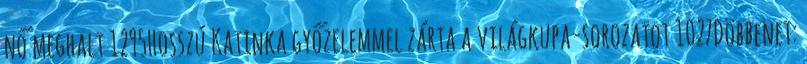
nő meghalt 1295Hosszú Katinka győzelemmel zárta a világkupa-sorozatot 1027Döbbenet: